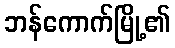
ဘန်ကောက်မြို့၏